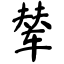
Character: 辇